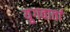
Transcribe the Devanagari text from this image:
युगवार्ता